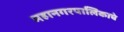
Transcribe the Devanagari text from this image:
महानगरपालिकाचे